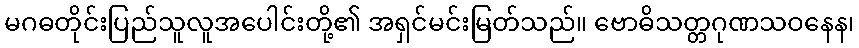
မဂဓတိုင်းပြည်သူလူအပေါင်းတို့၏ အရှင်မင်းမြတ်သည်။ ဗောဓိသတ္တဂုဏသဝနေန၊